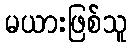
မယားဖြစ်သူ